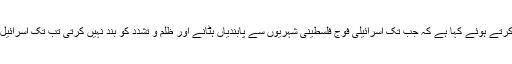
فلسطینی صدر نے اسرائیل کے فیصلے کو مسترد کرتے ہوئے کہا ہے کہ جب تک اسرائیلی فوج فلسطینی شہریوں سے پابندیاں ہٹانے اور ظلم و تشدد کو بند نہیں کرتی تب تک اسرائیل کے ساتھ تمام تر تعلقات معطل رکھے جائیں گے۔